Civil Veterinary Department. Madras. Admin. report 1926-33 - 1926-1933
Year: 1926
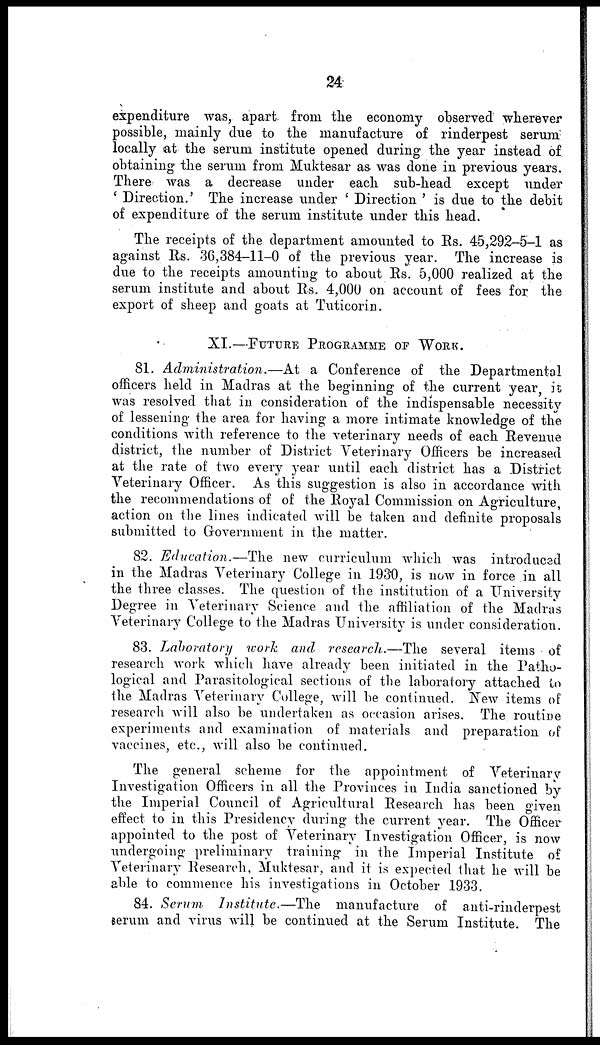
24
expenditure was, apart from the economy observed wherever
possible, mainly due to the manufacture of rinderpest serum
locally at the serum institute opened during the year instead of
obtaining the serum from Muktesar as was done in previous years.
There was a decrease under each sub-head except under
' Direction. ' The increase under ' Direction ' is due to the debit
of expenditure of the serum institute under this head.
The receipts of the department amounted to Rs. 45,292-5-1 as
against Rs. 36,384-11-0 of the previous year. The increase is
due to the receipts amounting to about Rs. 5,000 realized at the
serum institute and about Rs. 4,000 on account of fees for the
export of sheep and goats at Tuticorin.
XI.—FUTURE PROGRAMME OP WORK.
81. Administration.—At a Conference of the Departmental
officers held in Madras at the beginning of the current year, it
was resolved that in consideration of the indispensable necessity
of lessening the area for having a more intimate knowledge of the
conditions with reference to the veterinary needs of each Revenue
district, the number of District Veterinary Officers be increased
at the rate of two every year until each district has a District
Veterinary Officer. As this suggestion is also in accordance with
the recommendations of of the Royal Commission on Agriculture,
action on the lines indicated will be taken and definite proposals
submitted to Government in the matter.
82. Education.—The new curriculum which was introduced
in the Madras Veterinary College in 1930, is now in force in all
the three classes. The question of the institution of a University
Degree in Veterinary Science and the affiliation of the Madras
Veterinary College to the Madras University is under consideration.
83. Laboratory work and research.—The several items of
research work which have already been initiated in the Patho-
logical and Parasitological sections of the laboratory attached to
the Madras Veterinary College, will be continued. New items of
research will also be undertaken as occasion arises. The routine
experiments and examination of materials and preparation of
vaccines, etc., will also be continued.
The general scheme for the appointment of Veterinary
Investigation Officers in all the Provinces in India sanctioned by
the Imperial Council of Agricultural Research has been given
effect to in this Presidency during the current year. The Officer
appointed to the post of Veterinary Investigation Officer, is now
undergoing preliminary training in the Imperial Institute of
Veterinary Research, Muktesar, and it is expected that he will be
able to commence his investigations in October 1933.
84. Serum Institute.—The
manufacture of anti-rinderpest
serum and virus will be continued at the Serum Institute. The